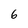
Character: 6